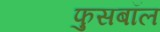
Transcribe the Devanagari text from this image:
फुसबॉल